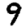
Digit: 9